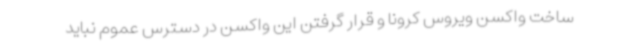
ساخت واکسن ویروس کرونا و قرار گرفتن این واکسن در دسترس عموم نباید